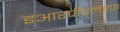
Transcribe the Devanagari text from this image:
इआरपीएलएफ़